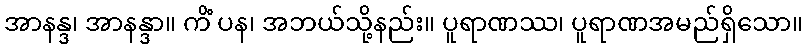
အာနန္ဒ၊ အာနန္ဒာ။ ကိံ ပန၊ အဘယ်သို့နည်း။ ပူရာဏဿ၊ ပူရာဏအမည်ရှိသော။